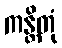
ကန္တိတုံ